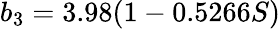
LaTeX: b_{3}=3.98(1-0.5266S)